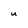
Character: u